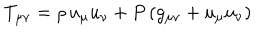
LaTeX: T _ { \mu \nu } = \rho \, u _ { \mu } u _ { \nu } + P \left( g _ { \mu \nu } + u _ { \mu } u _ { \nu } \right)